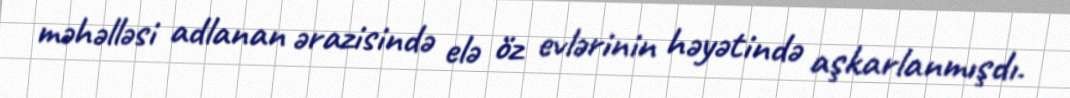
məhəlləsi adlanan ərazisində elə öz evlərinin həyətində aşkarlanmışdı.